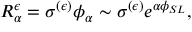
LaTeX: R _ { \alpha } ^ { \epsilon } = \sigma ^ { ( \epsilon ) } \phi _ { \alpha } \sim \sigma ^ { ( \epsilon ) } e ^ { \alpha \phi _ { S L } } ,